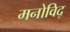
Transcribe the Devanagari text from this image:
मनोविद्